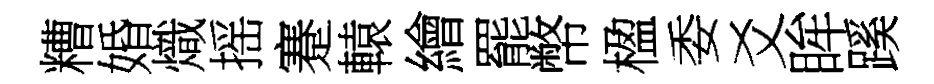
糟婚熾摇蹇轅繪罷幣楹委爻眸蹊